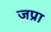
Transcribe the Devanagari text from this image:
जप्रा